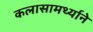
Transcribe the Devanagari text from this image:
कलासामर्थ्याने